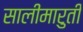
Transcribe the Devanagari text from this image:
सालीमारुती